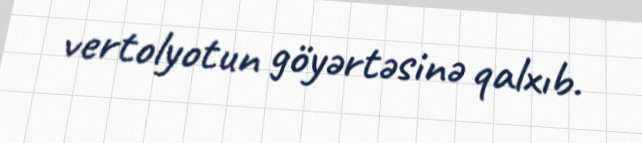
vertolyotun göyərtəsinə qalxıb.